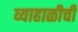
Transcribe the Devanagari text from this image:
व्याहाळीची